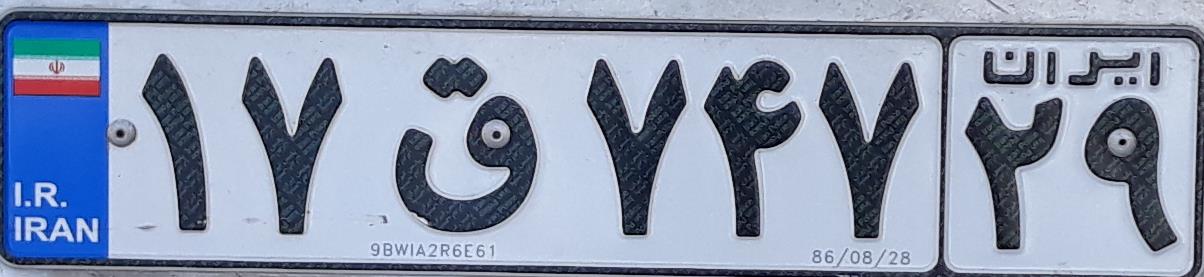
۱۷ق۷۴۷۲۹